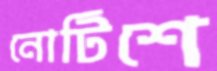
নোটিশে